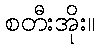
စတီးအိုး။